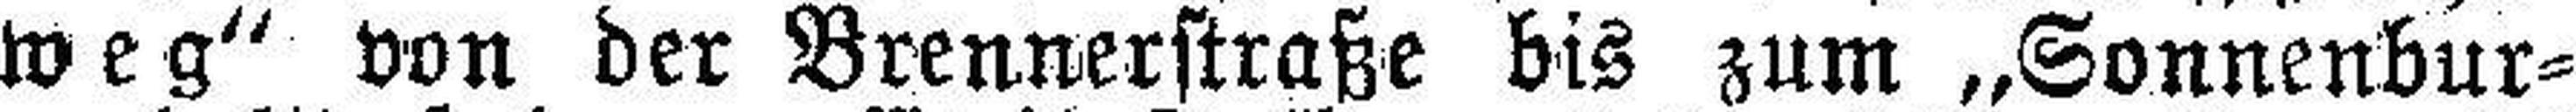
weg“ von der Brennerstraße bis zum „Sonnenbur¬